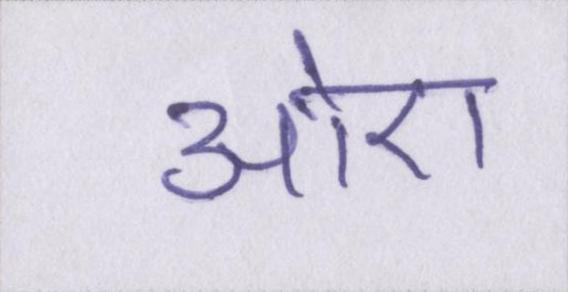
औए